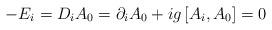
LaTeX: \begin{align*}- E_{i} = D_{i}A_{0} = \partial_{i}A_{0} + ig \left[A_{i},A_{0}\right] = 0\end{align*}